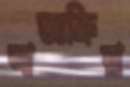
আন্তঃক্রিয়া